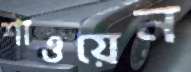
শাওয়েন